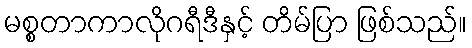
မစ္စတာကာလိုဂရီဒီနှင့် တိမ်ပြာ ဖြစ်သည်။